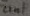
Text: 22nF